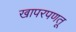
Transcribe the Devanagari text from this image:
खापरपणतू